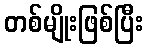
တစ်မျိုးဖြစ်ပြီး